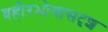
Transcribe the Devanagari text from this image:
बहीरभोगासदृश